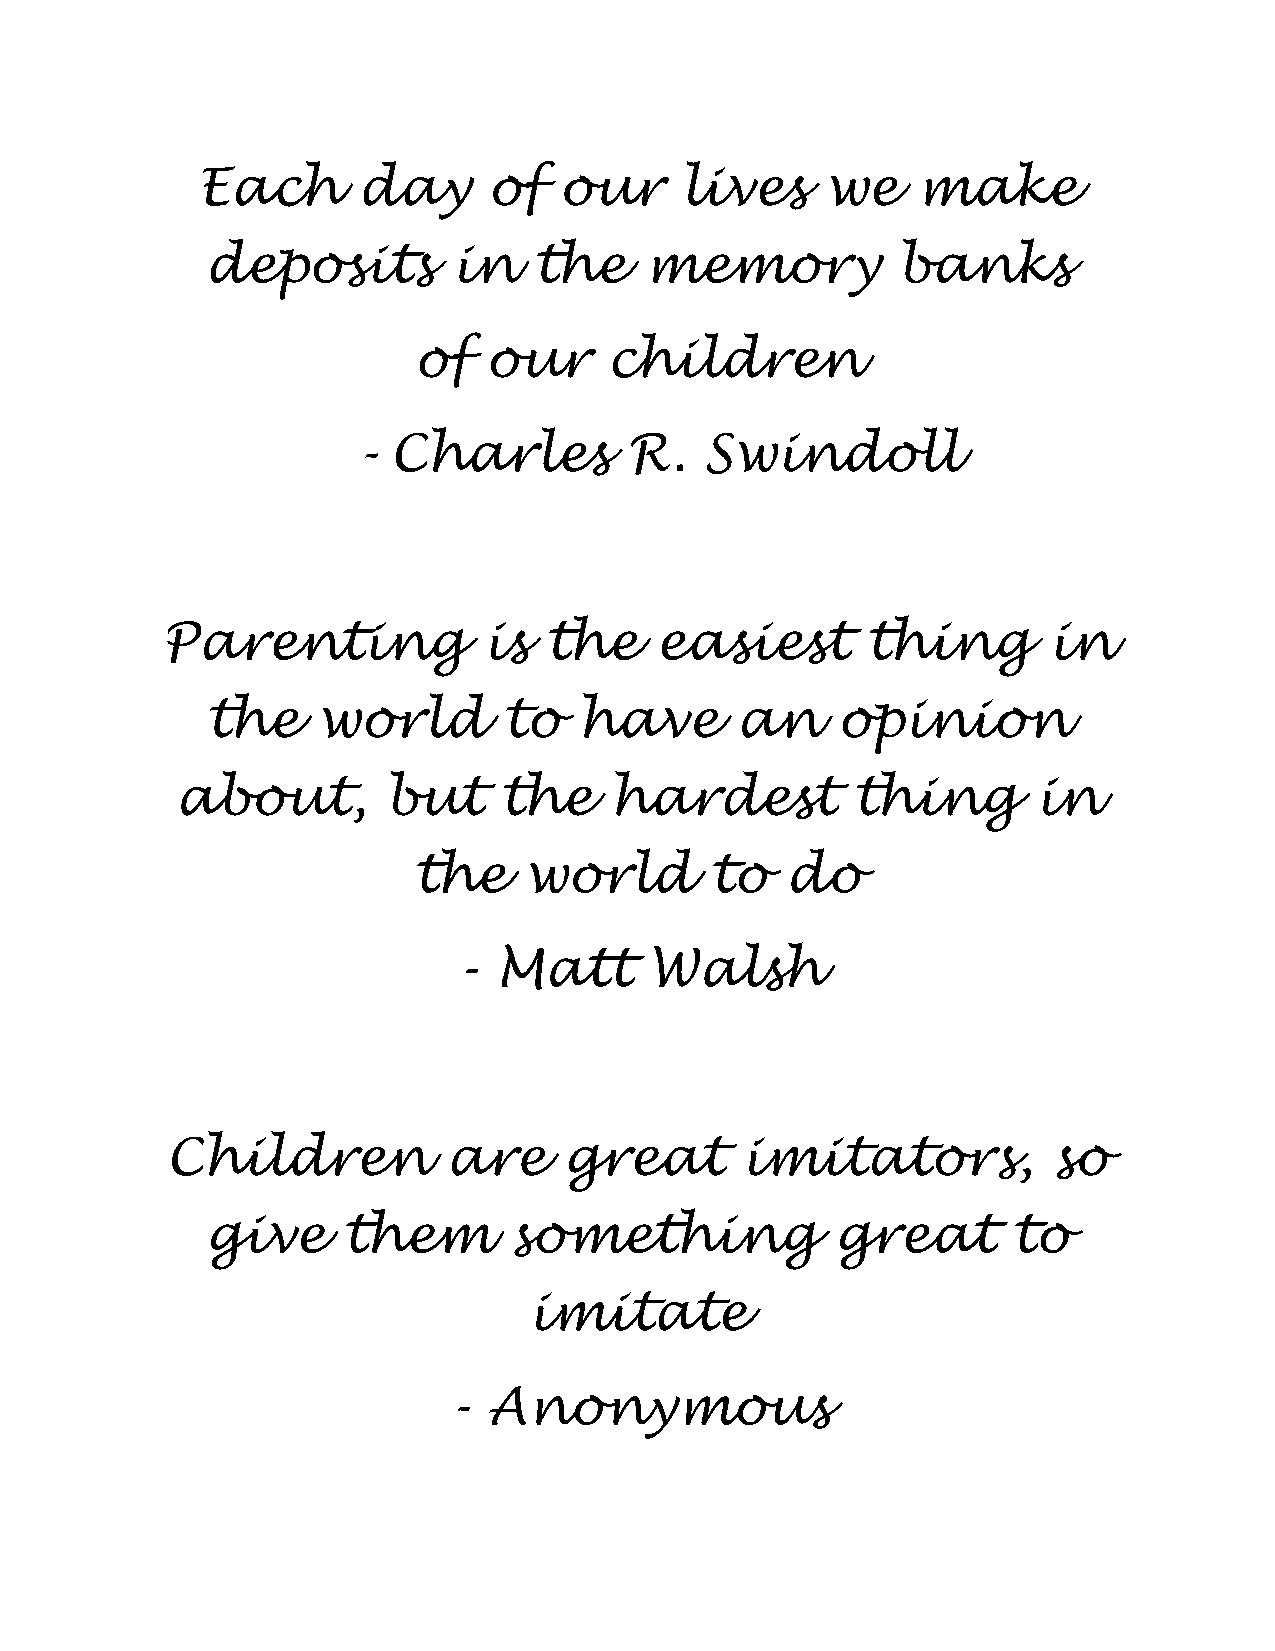
Each       day     of   our     lives     we    make
 deposits        in   the     memory          banks
 of   our     children
 -  Charles         R.   Swindoll
 Parenting            is  the    easiest       thing       in
 the    world       to   have       an    opinion
 about,       but     the    hardest         thing        in
 the     world       to   do
 -  Matt      Walsh
 Children           are    great       imitators,           so
 give     them       something            great       to
 imitate
 -  Anonymous